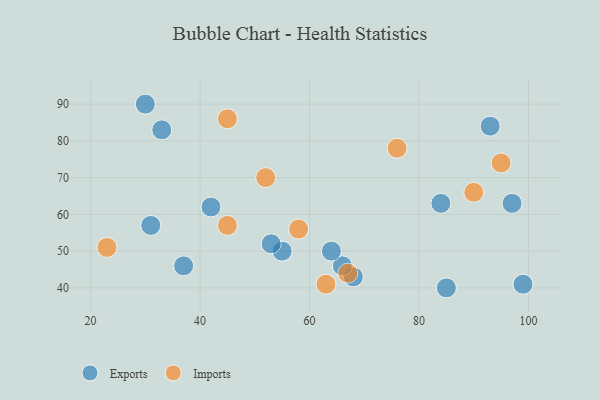
{"axis": {"x": "GDP", "y": "Life Expectancy"}, "legend": ["Exports", "Imports"], "data": [{"x": "68", "y": 43, "type": "Exports"}, {"x": "30", "y": 90, "type": "Exports"}, {"x": "55", "y": 50, "type": "Exports"}, {"x": "93", "y": 84, "type": "Exports"}, {"x": "66", "y": 46, "type": "Exports"}, {"x": "42", "y": 62, "type": "Exports"}, {"x": "33", "y": 83, "type": "Exports"}, {"x": "53", "y": 52, "type": "Exports"}, {"x": "31", "y": 57, "type": "Exports"}, {"x": "85", "y": 40, "type": "Exports"}, {"x": "84", "y": 63, "type": "Exports"}, {"x": "64", "y": 50, "type": "Exports"}, {"x": "99", "y": 41, "type": "Exports"}, {"x": "97", "y": 63, "type": "Exports"}, {"x": "37", "y": 46, "type": "Exports"}, {"x": "76", "y": 78, "type": "Imports"}, {"x": "45", "y": 86, "type": "Imports"}, {"x": "45", "y": 57, "type": "Imports"}, {"x": "95", "y": 74, "type": "Imports"}, {"x": "52", "y": 70, "type": "Imports"}, {"x": "63", "y": 41, "type": "Imports"}, {"x": "67", "y": 44, "type": "Imports"}, {"x": "23", "y": 51, "type": "Imports"}, {"x": "58", "y": 56, "type": "Imports"}, {"x": "90", "y": 66, "type": "Imports"}]}